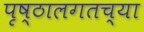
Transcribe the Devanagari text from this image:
पृष्ठालगतच्या